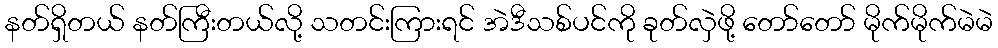
နတ်ရှိတယ် နတ်ကြီးတယ်လို့ သတင်းကြားရင် အဲဒီသစ်ပင်ကို ခုတ်လှဲဖို့ တော်တော် မိုက်မိုက်မဲမဲ